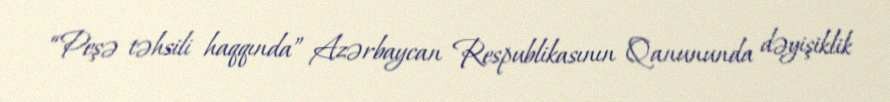
“Peşə təhsili haqqında” Azərbaycan Respublikasının Qanununda dəyişiklik